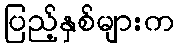
ပြည့်နှစ်များက